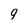
Character: 9